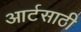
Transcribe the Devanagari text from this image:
आर्टसाठी